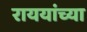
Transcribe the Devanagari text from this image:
राययांच्या